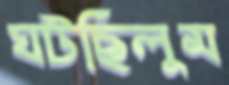
ঘটছিলুম